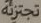
تجتزئه